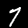
Label: 7